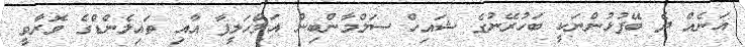
އަނެއް ދެ ބޭފުޅުންނަކީ ބަހުރޭނުގެ ޝައިހް ސަލްމާންބިން އަލްހަލީފާ އާއި ތައިލެންޑްގެ ވޮރާވީ